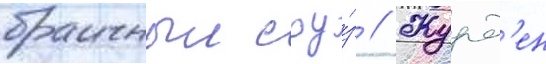
брачныи соу́з // Журд'ен